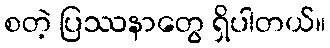
စတဲ့ ပြဿနာတွေ ရှိပါတယ်။